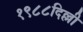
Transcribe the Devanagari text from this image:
१९८८दिल्ली